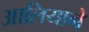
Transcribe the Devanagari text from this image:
आलियाने